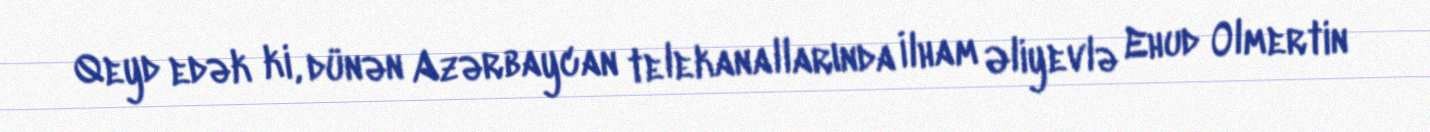
Qeyd edək ki, dünən Azərbaycan telekanallarında İlham Əliyevlə Ehud Olmertin